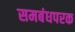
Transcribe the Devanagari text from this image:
समबंधपरक